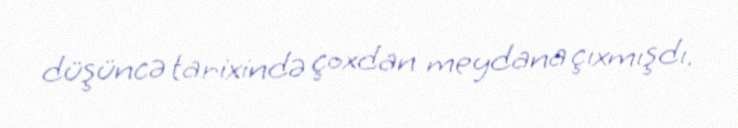
düşüncə tarixində çoxdan meydana çıxmışdı.